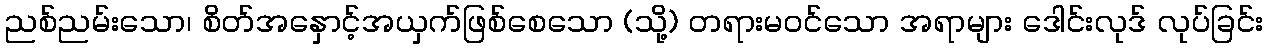
ညစ်ညမ်းသော၊ စိတ်အနှောင့်အယှက်ဖြစ်စေသော (သို့) တရားမဝင်သော အရာများ ဒေါင်းလုဒ် လုပ်ခြင်း